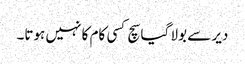
دیر سے بولا گیا سچ کسی کام کا نہیں ہوتا۔